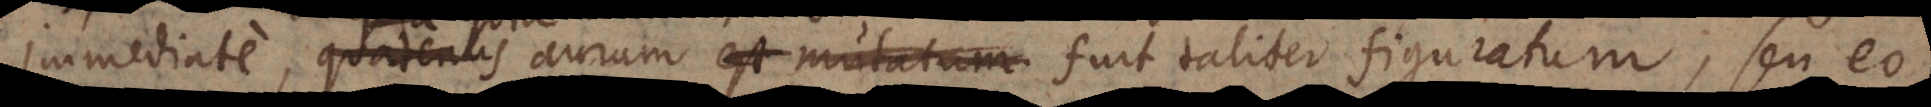
immediate, quatenus quia aurum fuit taliter figuratum, seu eo